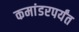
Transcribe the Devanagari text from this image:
कमांडरपर्यंत